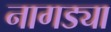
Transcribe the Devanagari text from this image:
नागड्या